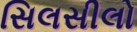
સિલસીલો